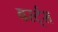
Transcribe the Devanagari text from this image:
बर्स्ट्स